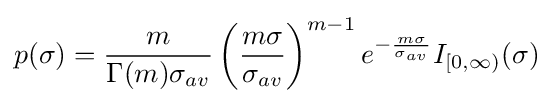
p(\sigma )={\frac {m}{\Gamma (m)\sigma _{av}}}\left({\frac {m\sigma }{\sigma _{av}}}\right)^{m-1}e^{-{\frac {m\sigma }{\sigma _{av}}}}I_{[0,\infty )}(\sigma )